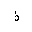
Letter: _thal